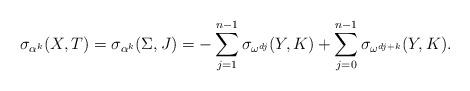
LaTeX: \begin{align*}\sigma_{\alpha^k}(X,T) = \sigma_{\alpha^k}(\Sigma,J) = -\sum_{j=1}^{n-1} \sigma_{\omega^{dj}}(Y,K) + \sum_{j=0}^{n-1}\sigma_{\omega^{dj+k}}(Y,K).\end{align*}